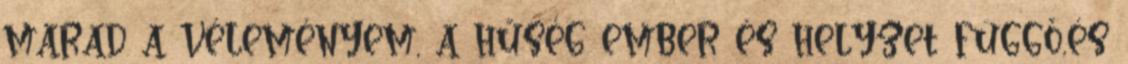
marad a véleményem, a hűség ember és helyzet függő,és